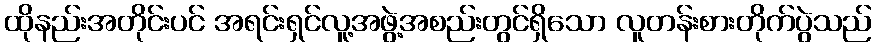
ထိုနည်းအတိုင်းပင် အရင်းရှင်လူ့အဖွဲ့အစည်းတွင်ရှိသော လူတန်းစားတိုက်ပွဲသည်